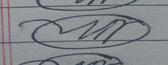
Signature authenticity: forged